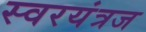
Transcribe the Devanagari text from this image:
स्वरयंत्रज